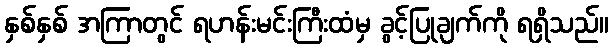
နှစ်နှစ် အကြာတွင် ရဟန်းမင်းကြီးထံမှ ခွင့်ပြုချက်ကို ရရှိသည်။